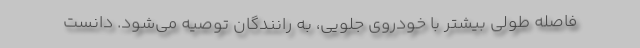
فاصله طولی بیشتر با خودروی جلویی، به رانندگان توصیه می‌شود. دانست